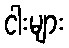
ငါးများ